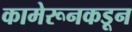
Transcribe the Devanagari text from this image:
कामेरूनकडून